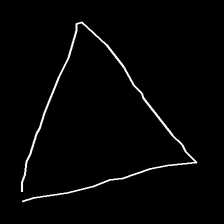
Glyph: convergence